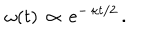
\: \omega ( t ) \, \propto \, e ^ { - \, \kappa t / 2 } \, . \: